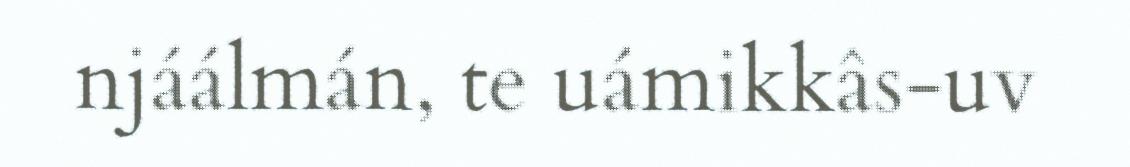
njáálmán, te uámikkâs-uv